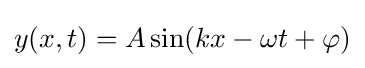
y(x,t)=A\sin(kx-\omega t+\varphi )